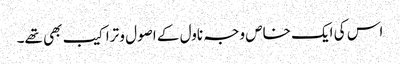
اس کی ایک خاص وجہ ناول کے اصول و تراکیب بھی تھے۔